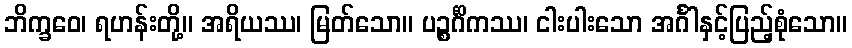
ဘိက္ခဝေ၊ ရဟန်းတို့။ အရိယဿ၊ မြတ်သော။ ပဉ္စင်္ဂိကဿ၊ ငါးပါးသော အင်္ဂါနှင့်ပြည့်စုံသော။